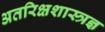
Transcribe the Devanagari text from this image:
अतरिक्षशास्त्रज्ञ